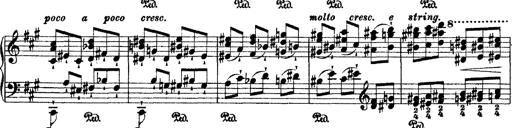
Title: 2 KonzertetÃ¼den
Composer: Franz Liszt